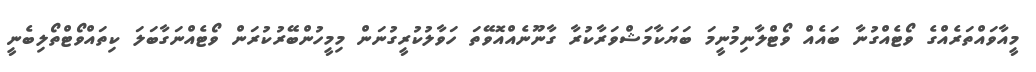
މީއާވައްތަރެއްގެ ވޯޓެއްގުނާ ބައެއް ވޯޓްލާނިމުނީމަ ބަޔަކާމަޝްވަރާކުރާ ގާނޫނެއްއޮވޭތަ ހަވާލުކުރީގުނަން މިމީހުންބޭރުކުރަން ވޯޓެއްނަގާބަލަ ކިތައްވޯޓްތޯލިބެނީ